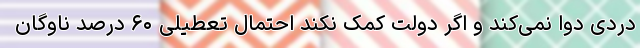
دردی دوا نمی‌کند و اگر دولت کمک نکند احتمال تعطیلی ۶۰ درصد ناوگان